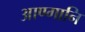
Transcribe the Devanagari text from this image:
आण्गानि